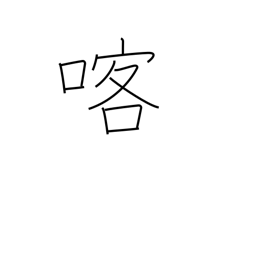
Meaning: vomit